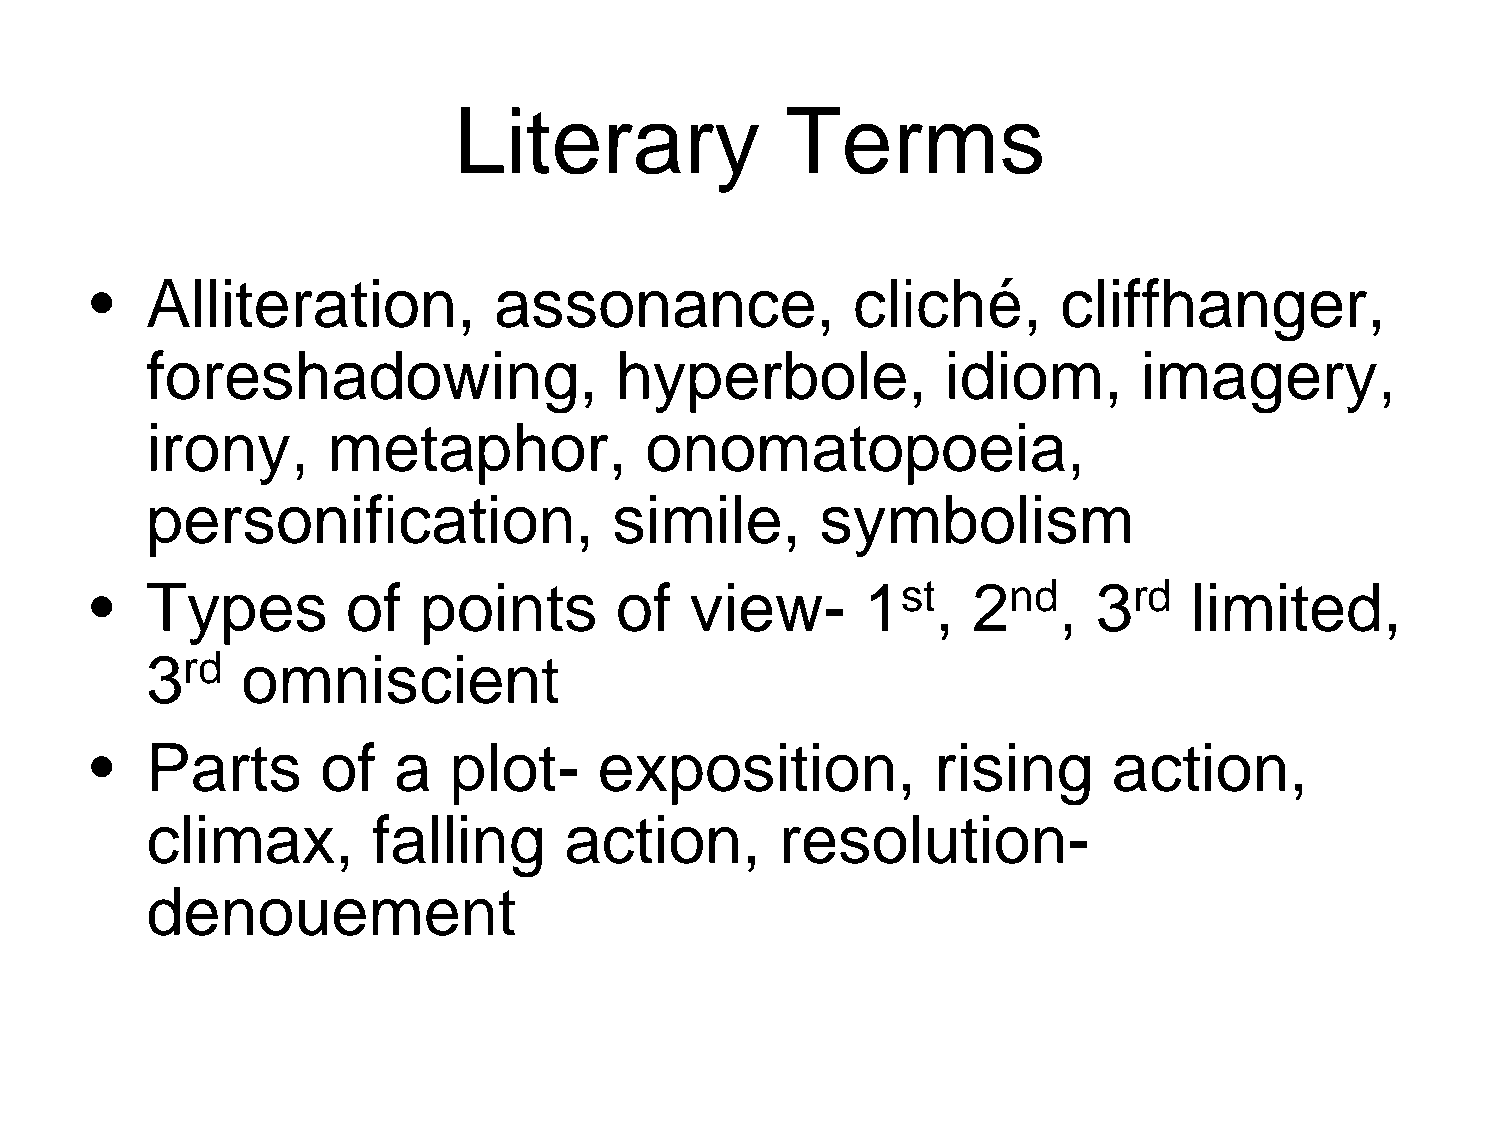
Literary              Terms
 •   Alliteration,          assonance,             cliché,       cliffhanger,
 foreshadowing,                 hyperbole,            idiom,       imagery,
 irony,      metaphor,            onomatopoeia,
 personification,               simile,      symbolism
 •   Types        of   points       of   view-      1st,   2nd,     3rd   limited,
 3rd   omniscient
 •   Parts      of   a   plot-     exposition,           rising      action,
 climax,        falling     action,        resolution-
 denouement